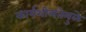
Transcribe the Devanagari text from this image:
कार्यशीलतेमुळे